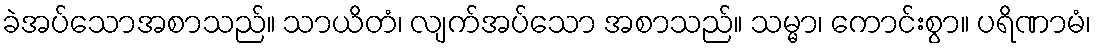
ခဲအပ်သောအစာသည်။ သာယိတံ၊ လျက်အပ်သော အစာသည်။ သမ္မာ၊ ကောင်းစွာ။ ပရိဏာမံ၊